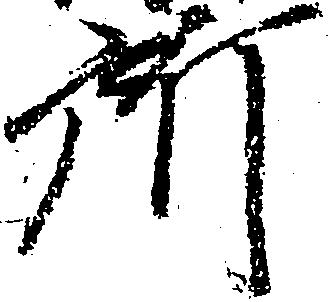
所